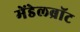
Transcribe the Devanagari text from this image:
मेंडेलब्रॉट